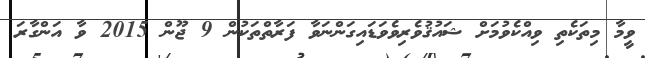
ވީމާ މިތަކެތި ވިއްކެވުމަށް ޝައުޤުވެރިވެވަޑައިގަންނަވާ ފަރާތްތަކުން 9 ޖޫން 2015 ވާ އަންގާރަ